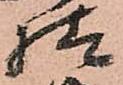
様